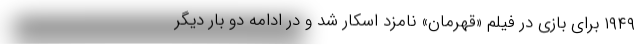
۱۹۴۹ برای بازی در فیلم «قهرمان» نامزد اسکار شد و در ادامه دو بار دیگر